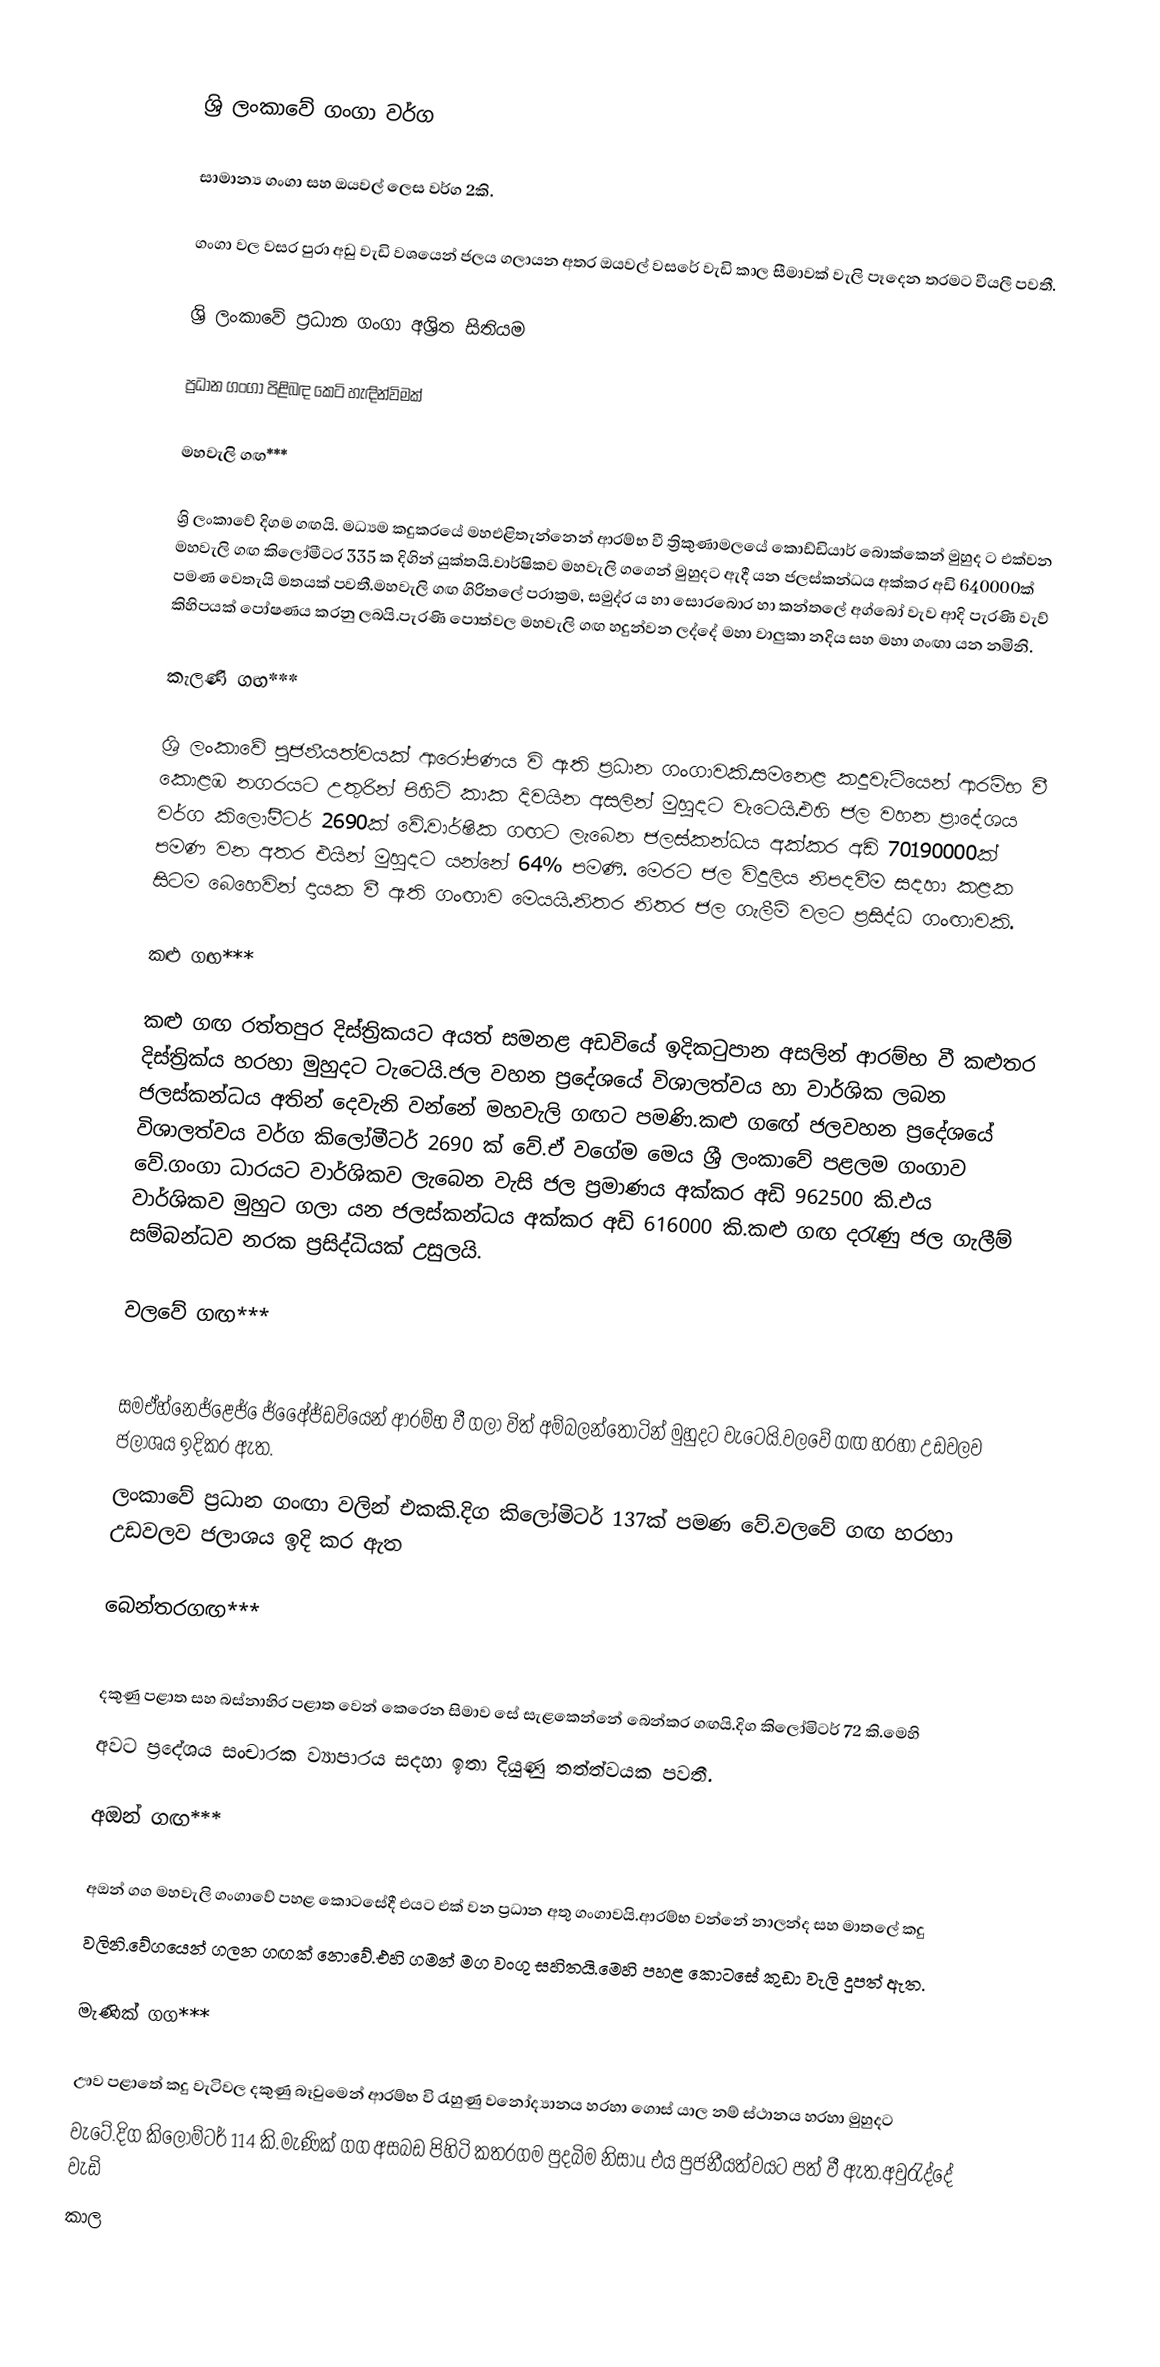

ශ්‍රි ලංකාවේ ගංගා වර්ග

සාමාන්‍ය ගංගා සහ ඔයවල් ලෙස වර්ග 2කි.

ගංගා වල වසර පුරා අඩු වැඩි වශයෙන් ජලය ගලායන අතර ඔයවල් වසරේ වැඩි කාල සීමාවක් වැලි පෑදෙන තරමට වීයලී පවතී.

ශ්‍රි ලංකාවේ ප්‍රධාන ගංගා අශ්‍රිත සිතියම

ප්‍රධාන ගංගා පිළිබඳ කෙටි හැඳින්විමක්

මහවැලි ගඟ***

ශ්‍රි ලංකාවේ දිගම ගඟයි. මධ්‍යම කදුකරයේ මහඑළිතැන්නෙන් ආරම්භ වී ත්‍රිකුණාමලයේ කොඩ්ඩියාර් බොක්කෙන් මුහුද ට එක්වන මහවැලි ගඟ කිලෝමීටර 335 ක දිගින් යුක්තයි.වාර්ෂිකව මහවැලි ගගෙන් මුහුදට ඇදී යන ජලස්කන්ධය අක්කර අඩි 640000ක් පමණ වෙතැයි මතයක් පවතී.මහවැලි ගඟ ගිරිතලේ පරාක්‍රම, සමුද්ර ය හා සොරබොර හා කන්තලේ අග්බෝ වැව ආදි පැරණි වැව් කිහිපයක් පෝෂණය කරනු ලබයි.පැරණි පොත්වල මහවැලි ගඟ හදුන්වන ලද්දේ මහා වාලුකා නදිය සහ මහා ගංඟා යන නමිනි.

කැලණි ගඟ***

ශ්‍රි ලංකාවේ පුජනීයත්වයක් ආරෝපණය වි ඇති ප්‍රධාන ගංගාවකි.සමනෙළ කදුවැටියෙන් ආරම්භ වී කොළඹ නගරයට උතුරින් පිහිටි කාක දිවයින අසලින් මුහුදට වැටෙයි.එහි ජල වහන ප්‍රාදේශය වර්ග කිලෝමීටර් 2690ක් වේ.වාර්ෂික ගඟට ලැබෙන ජලස්කන්ධය අක්කර අඩි 70190000ක් පමණ වන අතර එයින් මුහුදට යන්නේ 64% පමණි. මෙරට ජල විදුලිය නිපදවීම සදහා කළක සිටම බෙහෙවින් දායක වී ඇති ගංඟාව මෙයයි.නිතර නිතර ජල ගැලීම් වල‍ට ප්‍රසිද්ධ ගංඟාවකි.

කළු ගඟ***

කළු ගඟ රත්තපුර දිස්ත්‍රිකයට අයත් සමනළ අඩවියේ ඉදිකටුපාන අසලින් ආරම්භ වී කළුතර දිස්ත්‍රික්ය හරහා මුහුදට ටැටෙයි.ජල වහන ප්‍රදේශයේ විශාලත්වය හා වාර්ශික ලබන ජලස්කන්ධය අතින් දෙවැනි වන්නේ මහවැලි ගඟට පමණි.කළු ගඟේ ජලවහන ප්‍රදේශයේ විශාලත්වය වර්ග කිලෝමීටර් 2690 ක් වේ.ඒ වගේම මෙය ශ්‍රී ලංකාවේ පළලම ගංගාව වේ.ගංගා ධාරයට වාර්ශිකව ලැබෙන වැසි ජල ප්‍රමාණය අක්කර අඩි 962500 කි.එය වාර්ශිකව මුහුට ගලා යන ජලස්කන්ධය අක්කර අඩි 616000 කි.කළු ගඟ දරැණු ජල ගැලීම් සම්බන්ධව නරක ප්‍රසිද්ධියක් උසුලයි.

වලවේ ගඟ***

සමඒහ්නෙජ්ළෙජ් ෙජ්අෙේජ්ඩවියෙන් ආරම්භ වී ගලා විත් අම්බලන්තොටින් මුහුදට වැටෙයි.වලවේ ගඟ හරහා උඩවලව ජලාශය ඉදිකර ඇත.
ලංකාවේ ප්‍රධාන ගංඟා වලින් එකකි.දිග කිලෝමිටර් 137ක් පමණ වේ.වලවේ ගඟ හරහා උඩවලව ජලාශය ඉදි කර ඇත

බෙන්තරගඟ***

දකුණු පළාත සහ බස්නාහිර පළාත වෙන් කෙරෙන සිමාව සේ සැළකෙන්නේ බෙන්කර ගඟයි.දිග කිලෝමිටර් 72 කි.මෙහි
අවට ප්‍රදේශය සංචාරක ව්‍යාපාරය සදහා ඉතා දියුණු තත්ත්වයක පවතී.

අඔන් ගඟ***

අඔන් ගග මහවැලි ගංගාවේ  පහළ කොටසේදී එයට එක් වන ප්‍රධාන අතු ගංගාවයි.ආරම්භ වන්නේ නාලන්ද සහ මාතලේ කදු
වලිනි.වේගයෙන්  ගලන ගඟක් නොවේ.එහි ගමන් මග වංගු සහිතයි.මෙහි පහළ කොටසේ කුඩා වැලි දුපත් ඇත.

මැණික් ගග***

ඌව පළාතේ කදු වැටිවල දකුණු බෑවුමෙන් ආරම්භ වි රැහුණු වනෝද්‍යානය හරහා ගොස් යාල නම් ස්ථානය හරහා මුහුදට
වැටේ.දිග කිලෝම්ටර් 114 කි.මැණික් ගග අසබඩ පිහිටි කතරගම පුදබිම නිසාu එය පුජනීයත්වයට පත් වී ඇත.අවුරැද්දේ වැඩි
කාල